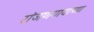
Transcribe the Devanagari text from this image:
रांजणगावाच्या